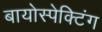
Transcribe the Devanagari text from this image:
बायोस्पेक्‍टिंग